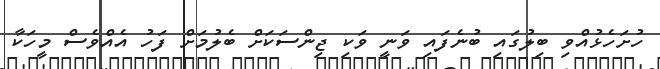
ހުށަހެޅުއްވި ބިލުގައި ބުނެފައި ވަނީ ވަކި ޖިންސަކަށް ބެލުމަށް ފަހު އެއްވެސް މީހަކާ